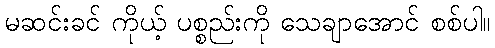
မဆင်းခင် ကိုယ့် ပစ္စည်းကို သေချာအောင် စစ်ပါ။